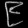
Digit: ၉